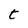
Character: t